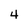
Character: 4